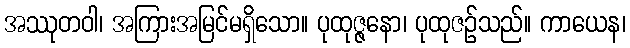
အဿုတဝါ၊ အကြားအမြင်မရှိသော။ ပုထုဇ္ဇနော၊ ပုထုဇဉ်သည်။ ကာယေန၊